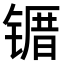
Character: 𫠀